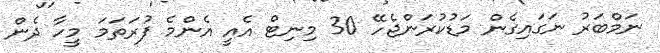
ނަމްބަރު ނަގައިގެން މަޑުކުރަންޖެހޭ 30 މިނިޓް އެއީ އެންމެ ފުރަތަމަ މީހާ ދެން